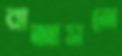
রাজাসনে